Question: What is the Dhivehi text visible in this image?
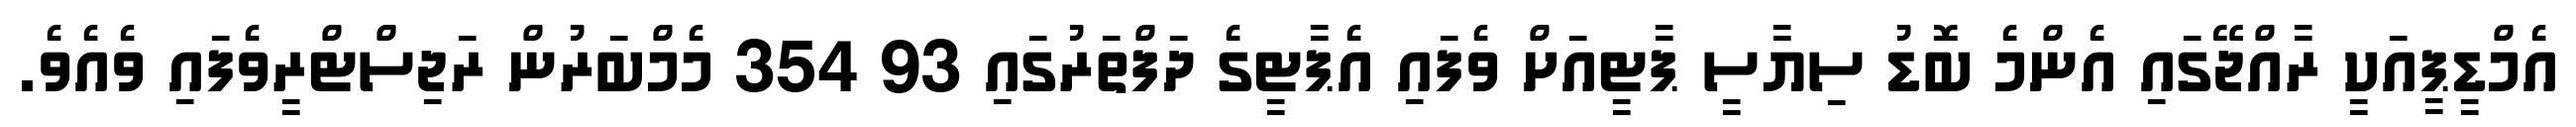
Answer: އެމްޑީޕީއަކީ ރާއްޖޭގައި އެންމެ ބޮޑު ސިޔާސީ ޕާޓީއަށް ވެފައި އެޕާޓީގެ ދަފްތަރުގައި 93 354 މެމްބަރުން ރަޖިސްޓްރީވެފައި ވެއެވެ.